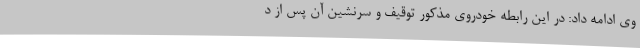
وی ادامه داد: در این رابطه خودروی مذکور توقیف و سرنشین آن پس از د